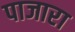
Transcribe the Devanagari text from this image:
पाजारा